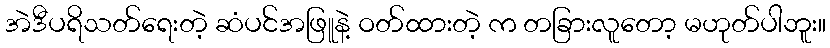
အဲဒီပရိသတ်ရေးတဲ့ ဆံပင်အဖြူနဲ့ ဝတ်ထားတဲ့ က တခြားလူတော့ မဟုတ်ပါဘူး။